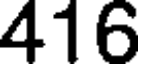
416